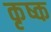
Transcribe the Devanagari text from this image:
कृष्क